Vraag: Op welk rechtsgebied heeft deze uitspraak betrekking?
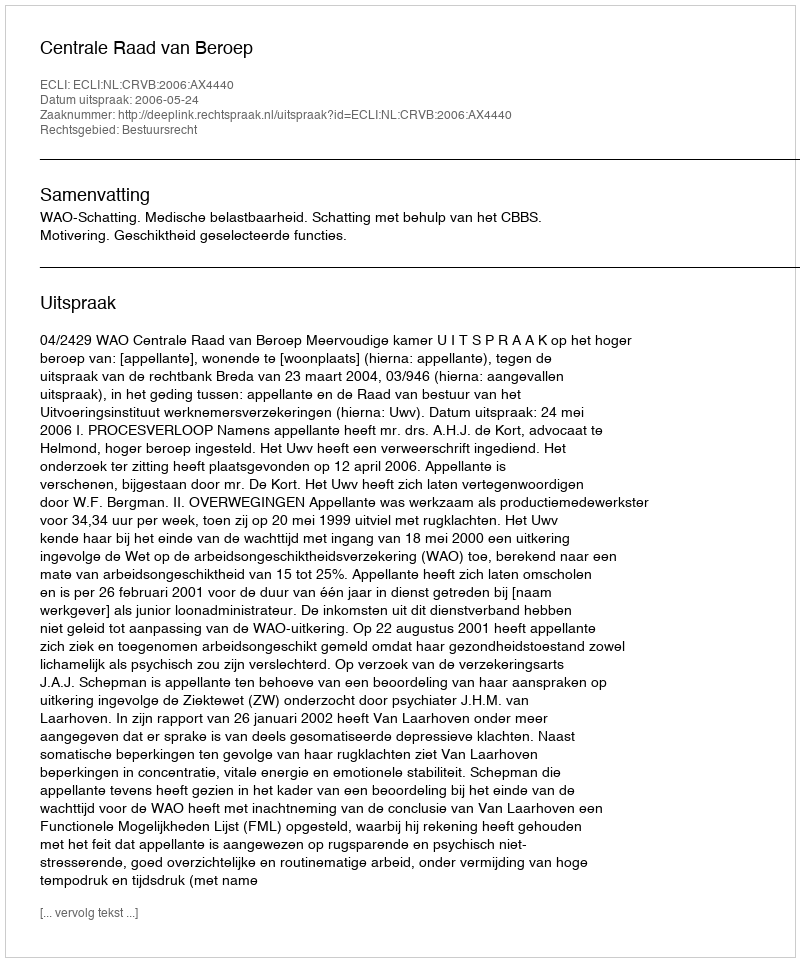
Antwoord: Bestuursrecht